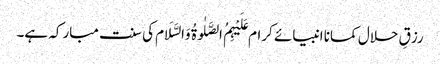
رزقِ حلال کمانا انبیائے کرام عَلَیْہِمُ الصَّلٰوۃُ وَالسَّلَام کی سنت مبارکہ ہے۔